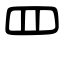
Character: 罒